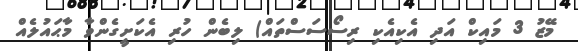
މޭޒު 3 މައިކް އަދި އެކިއެކި ރިސޯސަސްތައް) ލިބެން ހުރި އެކަށީގެންވާ މާޙައުލެއް